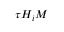
\tau H _ { i } M